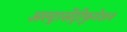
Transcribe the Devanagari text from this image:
अल्ट्रासेंट्रीफुगेशन